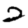
Digit: 2